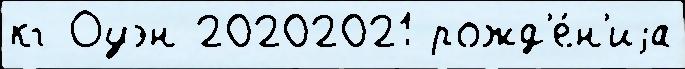
кг Оуэн 20202021 рожд'е́н'иjа